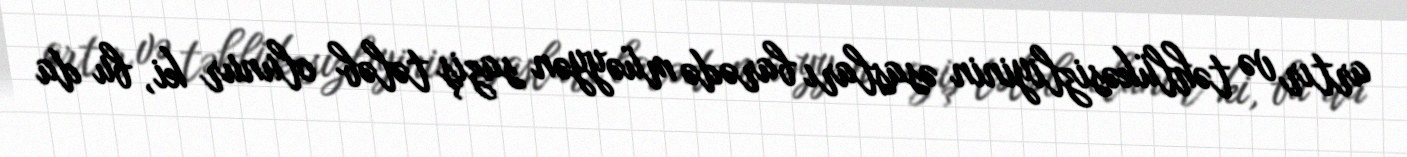
artır və təhlükəsizliyinin əsasları barədə müəyyən saziş tələb olunur ki, bu da